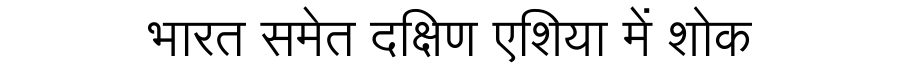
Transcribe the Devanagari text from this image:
भारत समेत दक्षिण एशिया में शोक